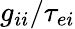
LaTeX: g_{ii}/\tau_{ei}